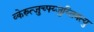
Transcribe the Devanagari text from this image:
व्केस्र्त्जुच्फ्य्जुय्तिक्र्त्यु